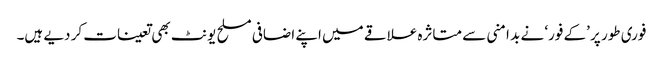
فوری طور پر ’کے فور‘ نے بد امنی سے متاثرہ علاقے میں اپنے اضافی مسلح یونٹ بھی تعینات کر دیے ہیں۔